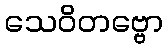
သေဝိတဗ္ဗော